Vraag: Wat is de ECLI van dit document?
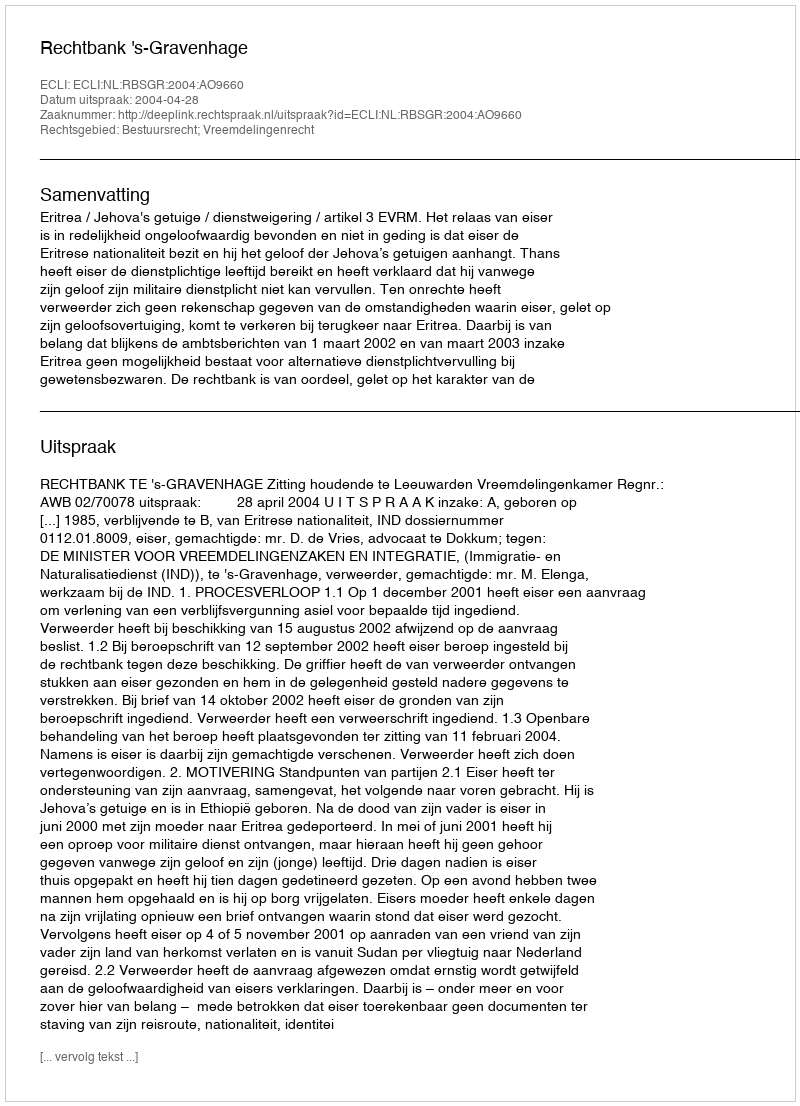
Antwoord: ECLI:NL:RBSGR:2004:AO9660